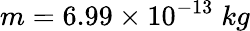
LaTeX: m=6.99\times 10^{-13}\; kg